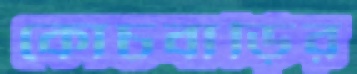
কোচবাড়ির